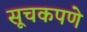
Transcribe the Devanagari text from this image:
सूचकपणे